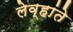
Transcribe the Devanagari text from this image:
लेव्हांते